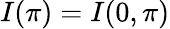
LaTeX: I(\pi)=I(0,\pi)